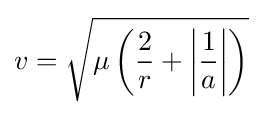
v={\sqrt {\mu \left({2 \over {r}}+\left\vert {1 \over {a}}\right\vert \right)}}